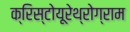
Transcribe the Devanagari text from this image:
क्रिस्टोयूरेथ्रोग्राम